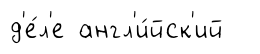
д'е́л'е англ'и́йск'ий